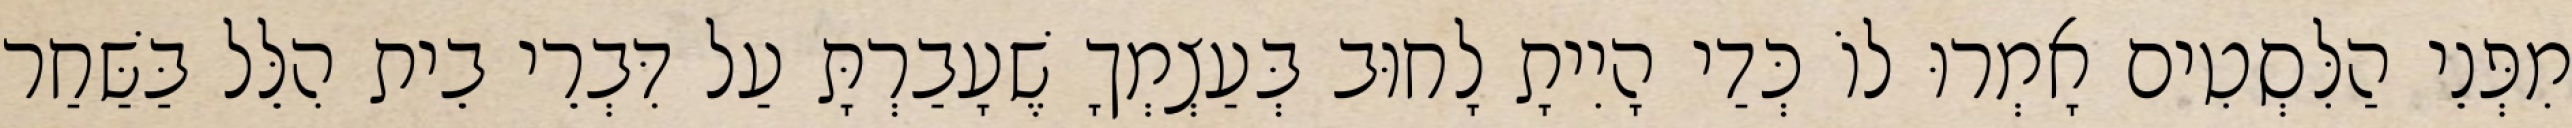
מִפְּנֵי הַלִּסְטִים אָמְרוּ לוֹ כְּדַי הָיִיתָ לָחוּב בְּעַצְמְךָ שֶׁעָבַרְתָּ עַל דִּבְרֵי בֵית הִלֵּל בַּשַּׁחַר